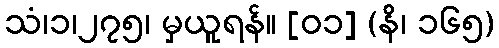
သံ၊၁၊၂၇၅၊ မှယူရန်။ [၀၁] (နိ၊ ၁၆၅)